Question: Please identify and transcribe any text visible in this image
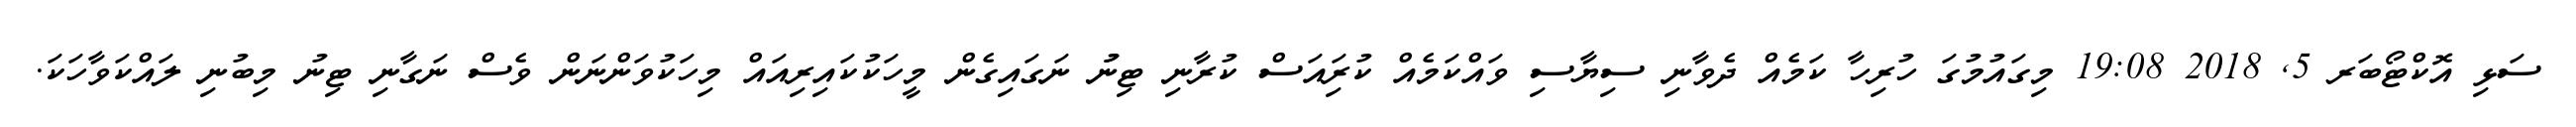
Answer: ސަޅި އޮކްޓޯބަރ 5, 2018 19:08 މިގައުމުގަ ހުރިހާ ކަމެއް ދެވާނި ސިޔާސި ވައްކަމެއް ކުރިައަސް ކުރާނި ޓިނުު ނަގައިގެން މީހަކުކައިރިއައް މިހަކުވަންނަން ވެސް ނަގާނި ޓިނު މިބުނި ލައްކަވާހަކަ.